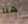
هنا